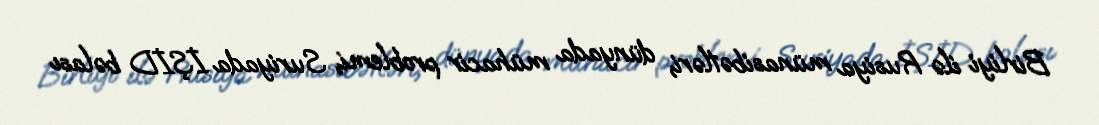
Birliyi ilə Rusiya münasibətləri, dünyada mühacir problemi, Suriyada İŞİD bəlası